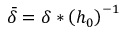
\Bar { \delta } = \delta * \left( h _ { 0 } \right) ^ { - 1 }